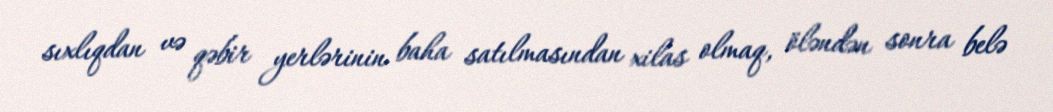
sıxlıqdan və qəbir yerlərinin baha satılmasından xilas olmaq, öləndən sonra belə